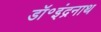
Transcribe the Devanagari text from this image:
डॉ॰इंद्रनाथ